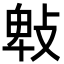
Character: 㪏